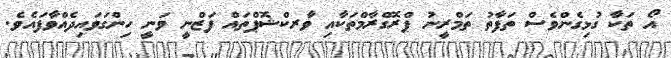
އޯ ތަކާ ގުޅިގެންވެސް ތަފާތު ތަމްރީނު ޕްރޮގްރާމްތަކާއި ވާރކްޝޮޕްތައް ފަޒްނީ ވަނީ ހިންގަވައިދެއްވާފައެވެ.